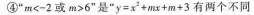
④”$$m < - 2$$或$$m > 6$$”是”$$y = x^{ 2 } + m x + m + 3$$有两个不同